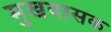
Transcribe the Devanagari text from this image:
मुखवासक